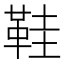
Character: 鞋